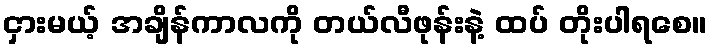
ငှားမယ့် အချိန်ကာလကို တယ်လီဖုန်းနဲ့ ထပ် တိုးပါရစေ။